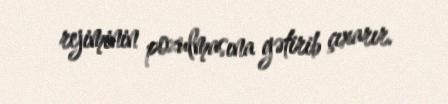
rejiminin pozulmasına gətirib çıxarır.